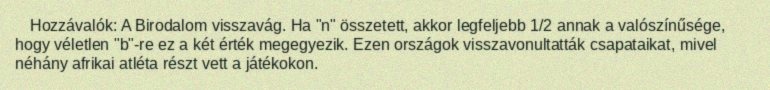
Hozzávalók: A Birodalom visszavág. Ha "n" összetett, akkor legfeljebb 1/2 annak a valószínűsége, hogy véletlen "b"-re ez a két érték megegyezik. Ezen országok visszavonultatták csapataikat, mivel néhány afrikai atléta részt vett a játékokon.